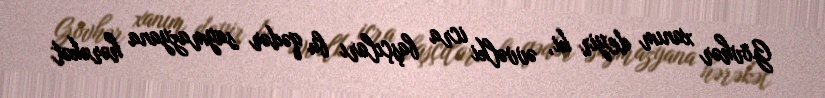
Gövhər xanım deyir ki, əvvəlki icra başçıları bu qədər saymazyana hərəkət